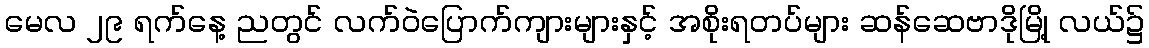
မေလ ၂၉ ရက်နေ့ ညတွင် လက်ဝဲပြောက်ကျားများနှင့် အစိုးရတပ်များ ဆန်ဆေဗာဒိုမြို့ လယ်၌